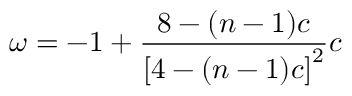
\omega = - 1 + \frac { 8 - ( n - 1 ) c } { \left[ 4 - ( n - 1 ) c \right] ^ { 2 } } c